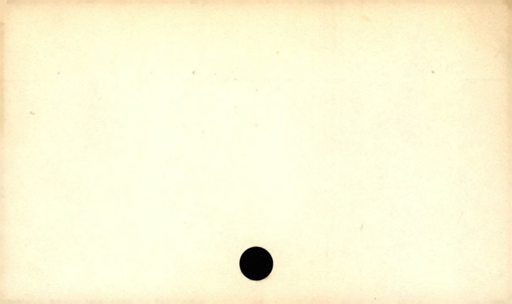
Label: blank